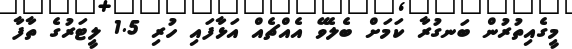
މީގެއިތުރުން ބަނގުރާ ކަމަށް ބެލެވޭ އެއްޗެއް އަޅާފައި ހުރި 1.5 ލީޓަރުގެ ތާފާ